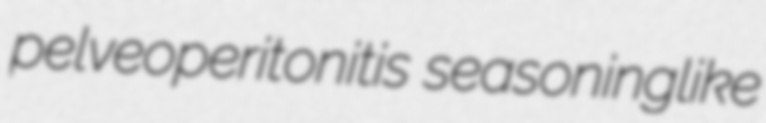
pelveoperitonitis seasoninglike